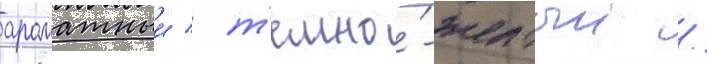
ароматныи / т'емно́-желтыи /